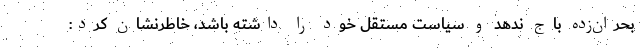
بحران‌زده باج ندهد و سیاست مستقل خود را داشته باشد، خاطرنشان کرد: